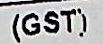
(GST)